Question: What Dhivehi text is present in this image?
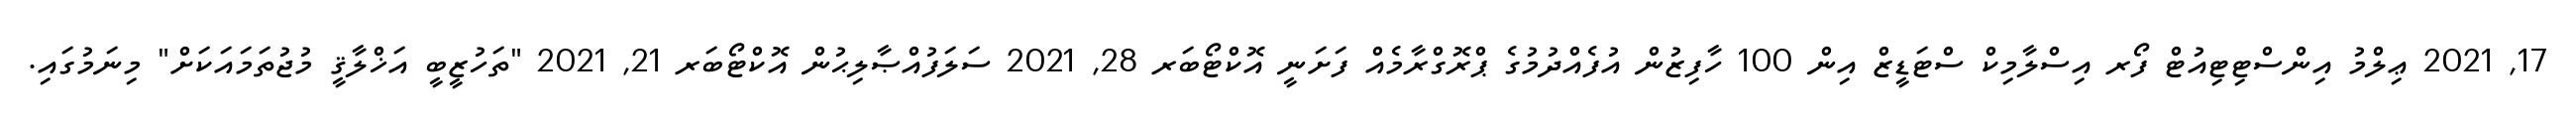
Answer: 17, 2021 ޢިލްމު އިންސްޓިޓިއުޓް ފޯރ އިސްލާމިކް ސްޓަޑީޒް އިން 100 ހާފިޒުން އުފެއްދުމުގެ ޕްރޮގްރާމެއް ފަށަނީ އޮކްޓޯބަރ 28, 2021 ސަލަފުއްޞާލިޙުން އޮކްޓޯބަރ 21, 2021 "ތަހުޒީބީ އަޚްލާޤީ މުޖުތަމައަކަށް" މިނަމުގައި.